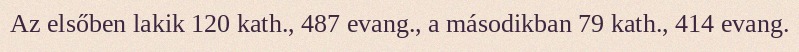
Az elsőben lakik 120 kath., 487 evang., a másodikban 79 kath., 414 evang.